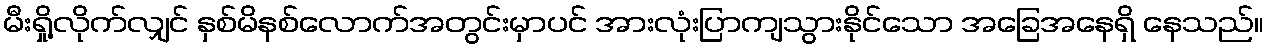
မီးရှို့လိုက်လျှင် နှစ်မိနစ်လောက်အတွင်းမှာပင် အားလုံးပြာကျသွားနိုင်သော အခြေအနေရှိ နေသည်။